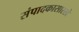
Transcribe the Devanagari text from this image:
संपादकासारखे